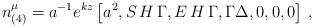
\begin{align*}n^{\mu}_{(4)}=a^{-1}e^{kz}\left[ a^2,S\,H\,{\Gamma},E\,H\,{\Gamma},\Gamma\Delta,0,0,0 \right]\,,\end{align*}